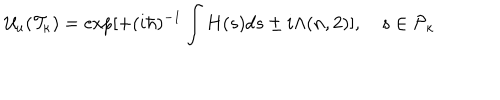
{ \cal U } _ { u } ( { \cal T } _ { \kappa } ) = \exp [ + ( i \hbar ) ^ { - 1 } \int H ( s ) d s \pm i \Lambda ( n , 2 ) ] , \quad s \in { \cal P } _ { \kappa }